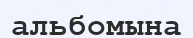
альбомына